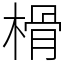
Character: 榾